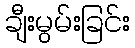
ချီးမွမ်းခြင်း